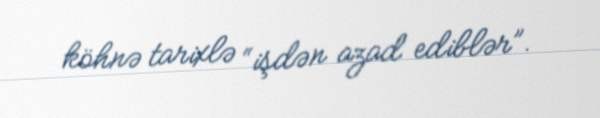
köhnə tarixlə “işdən azad ediblər”.